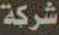
شركة